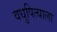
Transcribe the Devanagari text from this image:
वधुपित्याला